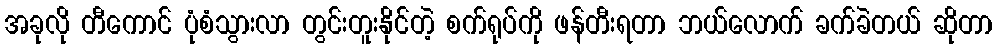
အခုလို တီကောင် ပုံစံသွားလာ တွင်းတူးနိုင်တဲ့ စက်ရုပ်ကို ဖန်တီးရတာ ဘယ်လောက် ခက်ခဲတယ် ဆိုတာ